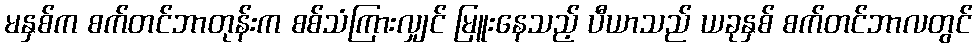
မနှစ်က စက်တင်ဘာတုန်းက စစ်သံကြားလျှင် မြူးနေသည့် ပီယာသည် ယခုနှစ် စက်တင်ဘာလတွင်